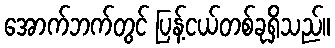
အောက်ဘက်တွင် ပြန့်ငယ်တစ်ခုရှိသည်။